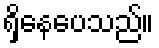
ရှိနေပေသည်။